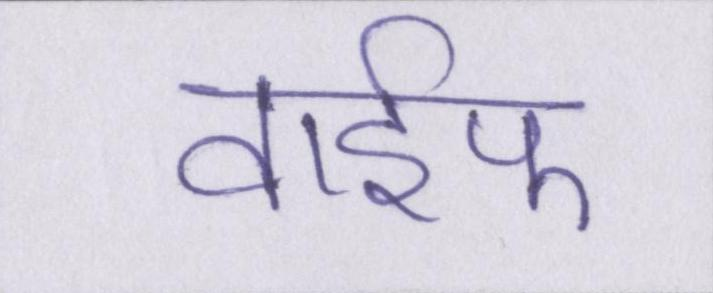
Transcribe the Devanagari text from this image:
वाईफ